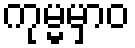
ကုမ္မမှာဝ